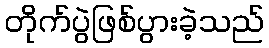
တိုက်ပွဲဖြစ်ပွားခဲ့သည်